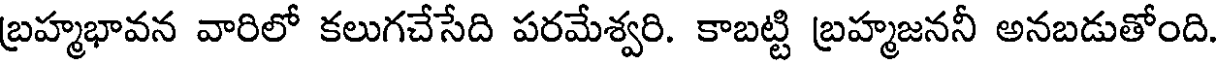
బ్రహ్మభావన వారిలో కలుగచేసేది పరమేశ్వరి. కాబట్టి బ్రహ్మజననీ అనబడుతోంది.